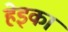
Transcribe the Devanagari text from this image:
हेइका